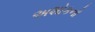
અશોકનો